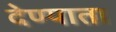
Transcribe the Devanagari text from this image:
देण्याता